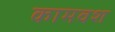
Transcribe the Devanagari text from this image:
कामवश